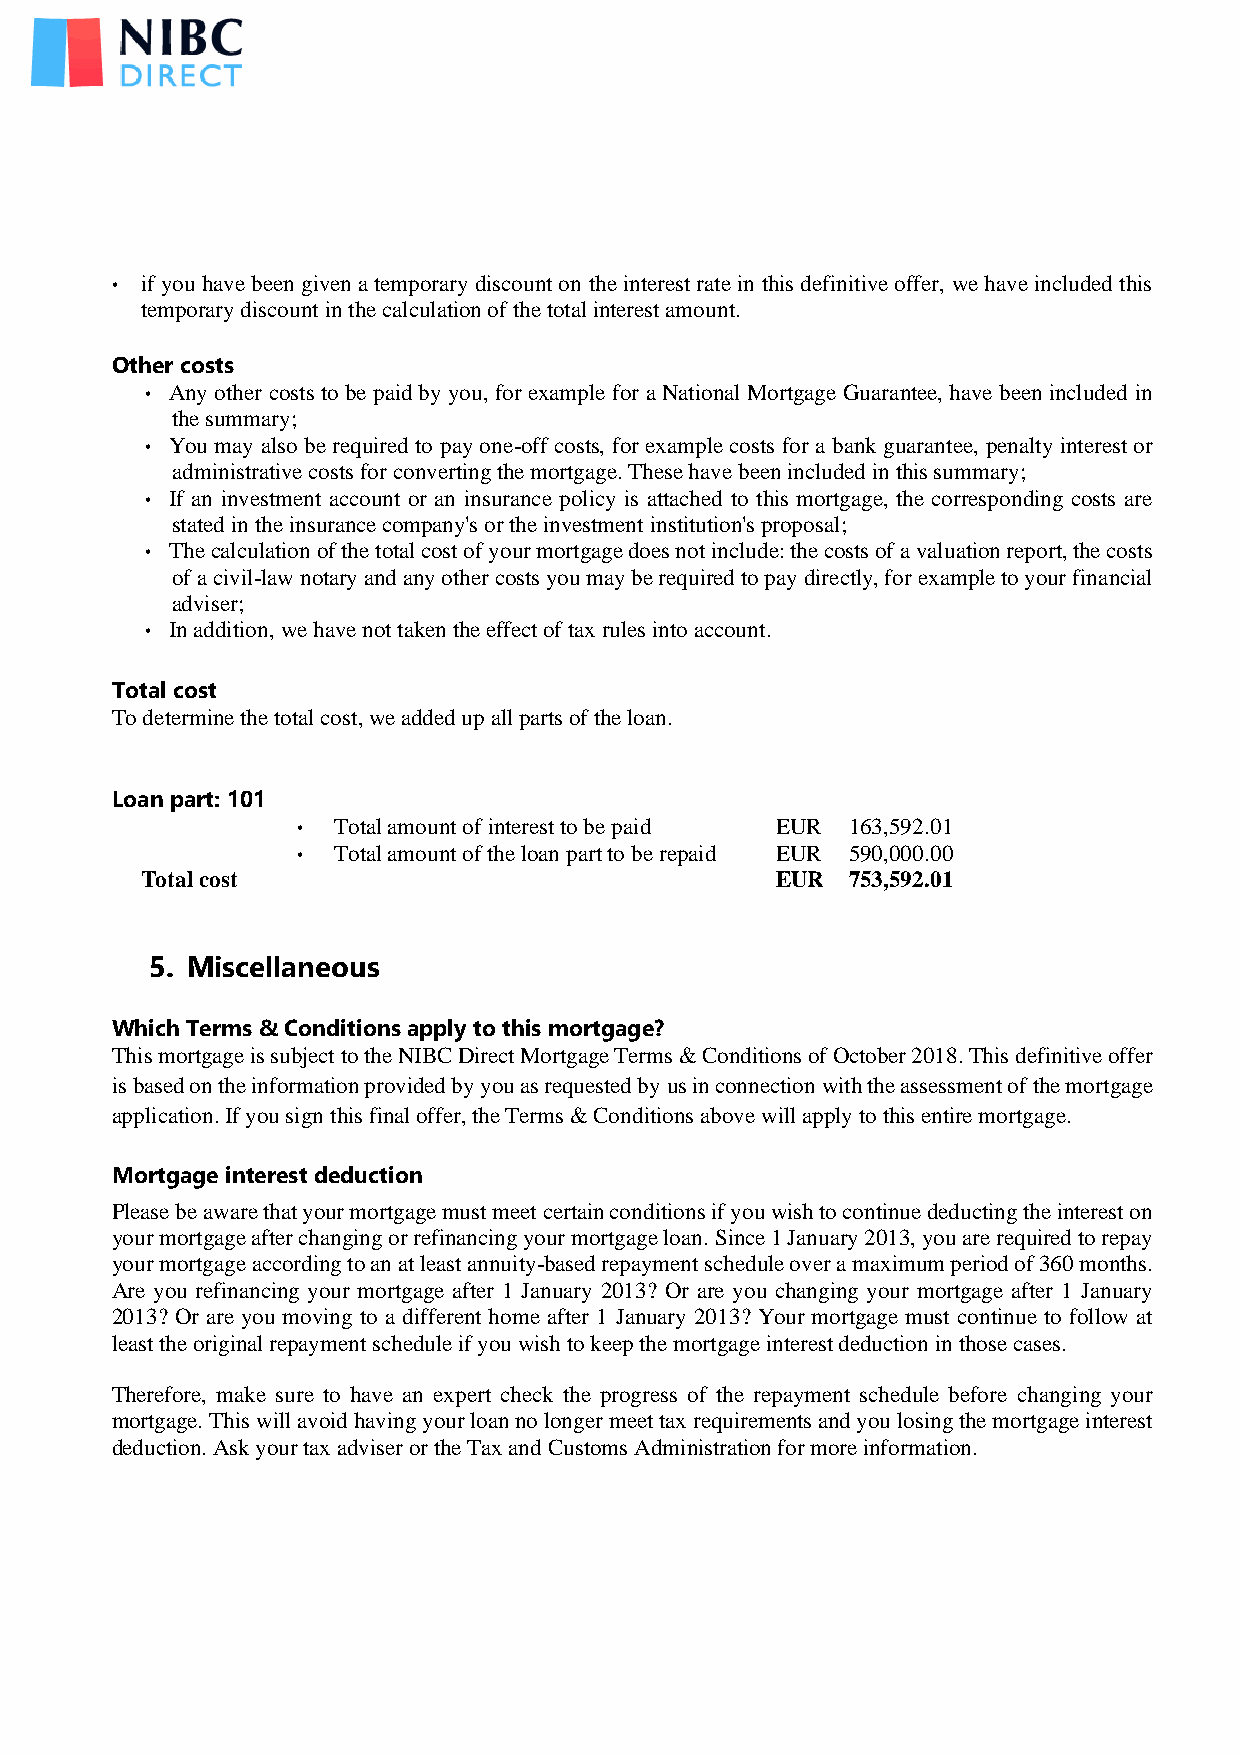
• if you have been given a temporary discount on the interest rate in this definitive offer, we have included this
 temporary discount in the calculation of the total interest amount.
 Other costs
 • Any other costs to be paid by you, for example for a National Mortgage Guarantee, have been included in
 the summary;
 • You may also be required to pay one-off costs, for example costs for a bank guarantee, penalty interest or
 administrative costs for converting the mortgage. These have been included in this summary;
 • If an investment account or an insurance policy is attached to this mortgage, the corresponding costs are
 stated in the insurance company's or the investment institution's proposal;
 • The calculation of the total cost of your mortgage does not include: the costs of a valuation report, the costs
 of a civil-law notary and any other costs you may be required to pay directly, for example to your financial
 adviser;
 • In addition, we have not taken the effect of tax rules into account.
 Total cost
 To determine the total cost, we added up all parts of the loan.
 Loan part: 101
 • Total amount of interest to be paid EUR 163,592.01
 • Total amount of the loan part to be repaid EUR 590,000.00
 Total cost                                EUR  753,592.01
 5. Miscellaneous
 Which Terms & Conditions apply to this mortgage?
 This mortgage is subject to the NIBC Direct Mortgage Terms & Conditions of October 2018. This definitive offer
 is based on the information provided by you as requested by us in connection with the assessment of the mortgage
 application. If you sign this final offer, the Terms & Conditions above will apply to this entire mortgage.
 Mortgage interest deduction
 Please be aware that your mortgage must meet certain conditions if you wish to continue deducting the interest on
 your mortgage after changing or refinancing your mortgage loan. Since 1 January 2013, you are required to repay
 your mortgage according to an at least annuity-based repayment schedule over a maximum period of 360 months.
 Are you refinancing your mortgage after 1 January 2013? Or are you changing your mortgage after 1 January
 2013? Or are you moving to a different home after 1 January 2013? Your mortgage must continue to follow at
 least the original repayment schedule if you wish to keep the mortgage interest deduction in those cases.
 Therefore, make sure to have an expert check the progress of the repayment schedule before changing your
 mortgage. This will avoid having your loan no longer meet tax requirements and you losing the mortgage interest
 deduction. Ask your tax adviser or the Tax and Customs Administration for more information.